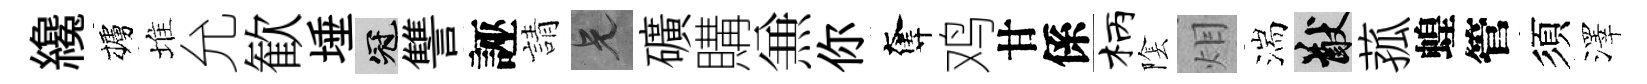
纔櫨堆允歓埵冠讐誣請兄礦購𠔥你奪鸡甘係柄隂𤇆湍猷菰蝗管須澤